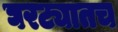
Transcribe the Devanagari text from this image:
घरट्यातच